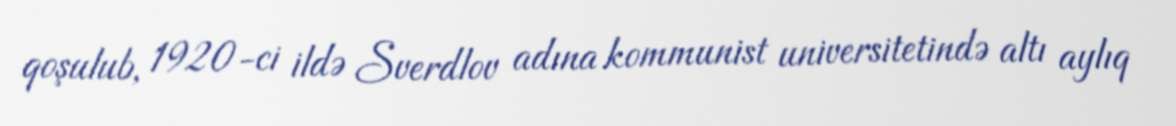
qoşulub, 1920-ci ildə Sverdlov adına kommunist universitetində altı aylıq